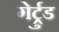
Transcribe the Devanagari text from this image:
गेर्ट्रुड